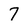
Character: 7